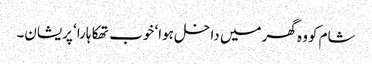
شام کو وہ گھر میں داخل ہوا‘ خوب تھکا ہارا‘ پریشان۔